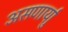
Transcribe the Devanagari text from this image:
असणार्याु